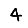
Digit: 4